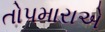
તોપમારાએ